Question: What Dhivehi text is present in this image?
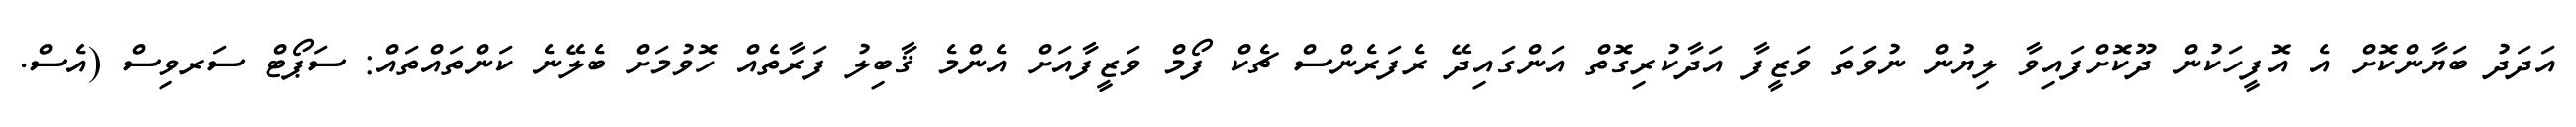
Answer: އަދަދު ބަޔާންކޮށް އެ އޮފީހަކުން ދޫކޮށްފައިވާ ލިޔުން ނުވަތަ ވަޒީފާ އަދާކުރިގޮތް އަންގައިދޭ ރެފަރެންސް ޗެކް ފޯމް ވަޒީފާއަށް އެންމެ ޤާބިލު ފަރާތެއް ހޮވުމަށް ބެލޭނެ ކަންތައްތައް: ސަޕޯޓް ސަރވިސް (އެސް.